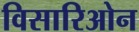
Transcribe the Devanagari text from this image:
विसारिओन